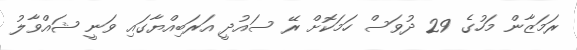
ރަމަޒާން މަހުގެ 29 ދުވަސް ހަމަކޮށް ރޭ ސައުދީ އަރަބިއްޔާގައި ވަނީ ޝައްވާލު